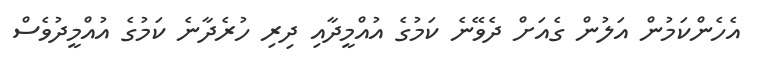
އެހެންކަމުން އަލުން ގެއަށް ދެވޭނެ ކަމުގެ އުއްމީދާއި ދިިރި ހުރެދާނެ ކަމުގެ އުއްމީދުވެސް